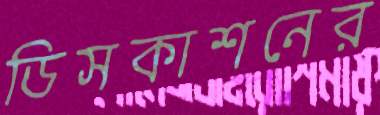
ডিসকাশনের